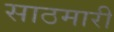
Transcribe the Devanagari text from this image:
साठमारी